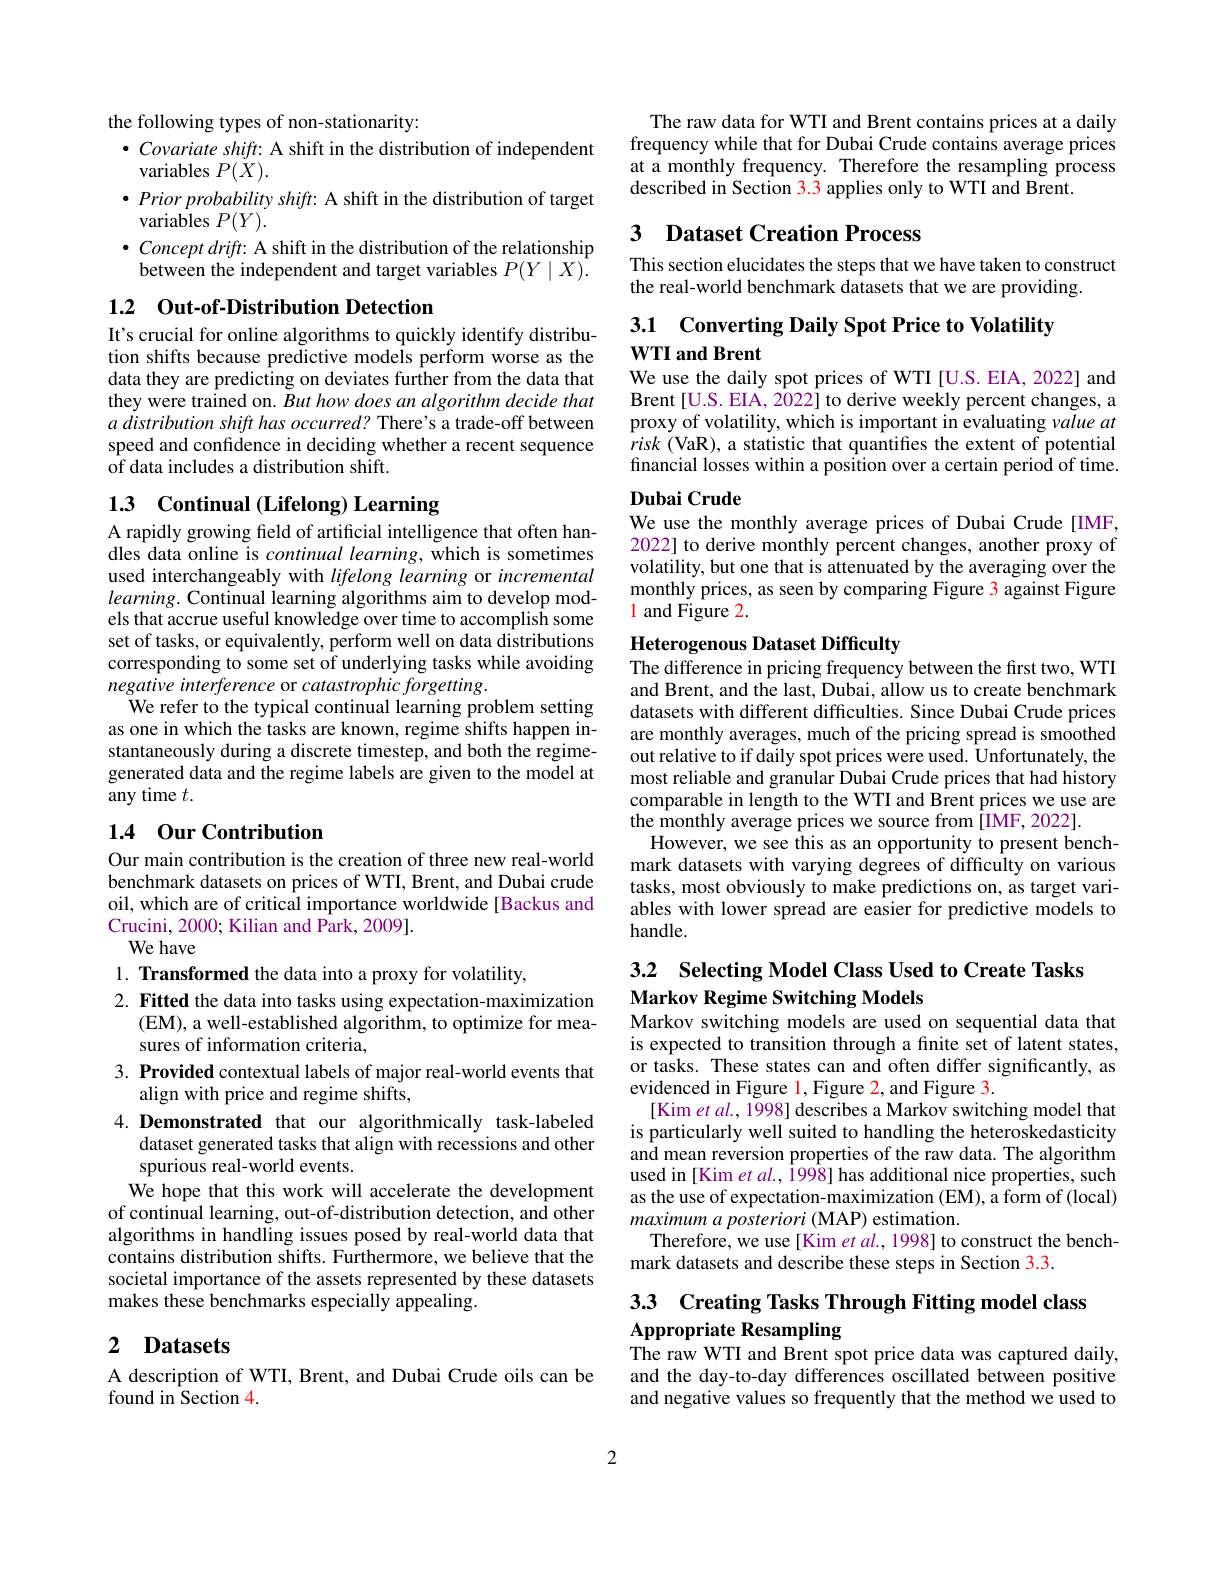
the following types of non-stationarity:
$\bullet \textit{Covariate shift: A shift in the distribution of independent}$
variables $P(\ddot{X}).$
$\bullet Priorprobabilityshift:$ A shift in the distribution of target
variables $P(Y).$
$\bullet \textit{Concept drift: A shift in the distribution of the relationship}$ between the independent and target variables $P(Y\mid X).$

## 1.2 Out-of-Distribution Detection

It's crucial for online algorithms to quickly identify distribution shifts because predictive models perform worse as the data they are predicting on deviates further from the data that they were trained on. But how does an algorithm decide that $a\textit{ distribution shift has occurred? There' s a trade- off between}$ speed and confidence in deciding whether a recent sequence of data includes a distribution shift.

# 13 Continual (Lifelong) Learning

A rapidly growing field of artificial intelligence that often handles data online is continual learning, which is sometimes used interchangeably with lifelong learning or incremental $learning.$ Continual learning algorithms aim to develop models that accrue useful knowledge over time to accomplish some set of tasks, or equivalently, perform well on data distributions corresponding to some set of underlying tasks while avoiding negative interference or catastrophic forgetting.
We refer to the typical continual learning problem setting as one in which the tasks are known, regime shifts happen instantaneously during a discrete timestep, and both the regimegenerated data and the regime labels are given to the model at any time $t.$

## 1.4 Our Contribution

Our main contribution is the creation of three new real-world benchmark datasets on prices of WTI, Brent, and Dubai crude oil, which are of critical importance worldwide[Backus and Crucini, 2000; Kilian and Park, 2009].
We have

1. Transformed the data into a proxy for volatility,
$2. \textbf{ Fitted the data into tasks using expectation- maximization}$
(EM) , a well- established algorithm, to optimize for mea-
sures of information criteria,
3. Provided contextual labels of major real-world events that
align with price and regime shifts,
4.Demonstrated that our algorithmically task-labeled
dataset generated tasks that align with recessions and other
spurious real-world events.
We hope that this work will accelerate the development of continual learning, out-of-distribution detection, and other algorithms in handling issues posed by real-world data that contains distribution shifts. Furthermore, we believe that the societal importance of the assets represented by these datasets makes these benchmarks especially appealing.

# 2 Datasets

A description of WTI, Brent, and Dubai Crude oils can be
found in Section 4.

The raw data for WTI and Brent contains prices at a daily frequency while that for Dubai Crude contains average prices at a monthly frequency. Therefore the resampling process described in Section 3.3 applies only to WTI and Brent.

## 3 $\textbf{Dataset Creation Process}$

This section elucidates the steps that we have taken to construct
the real-world benchmark datasets that we are providing.

3.1 Converting Daily Spot Price to Volatility
$\mathbf{WTI~and~Brent}$

We use the daily spot prices of WTI[U.S.EIA,2022] and Brent[U.S. EIA, 2022] to derive weekly percent changes, a proxy of volatility, which is important in evaluating value at risk (VaR), a statistic that quantifies the extent of potential financial losses within a position over a certain period of time.

## Dubai Crude

We use the monthly average prices of Dubai Crude[IMF, 2022] to derive monthly percent changes, another proxy of volatility, but one that is attenuated by the averaging over the monthly prices, as seen by comparing Figure 3 against Figure 1 and Figure 2.

## Heterogenous Dataset Difficulty The difference in pricing frequency between the first two, WTI

and Brent, and the last, Dubai, allow us to create benchmark datasets with different difficulties. Since Dubai Crude prices are monthly averages, much of the pricing spread is smoothed out relative to if daily spot prices were used. Unfortunately, the most reliable and granular Dubai Crude prices that had history comparable in length to the WTI and Brent prices we use are the monthly average prices we source from[IMF,2022].
However, we see this as an opportunity to present benchmark datasets with varying degrees of difficulty on various tasks, most obviously to make predictions on, as target variables with lower spread are easier for predictive models to handle.

# 3.2 Selecting Model Class Used to Create Tasks Markov Regime Switching Models Markov switching models are used on sequential data that

is expected to transition through a finite set of latent states, or tasks. These states can and often differ significantly, as evidenced in Figure $\color{red}1$,Figure 2, and Figure 3.
[Kim et al., 1998] describes a Markov switching model that is particularly well suited to handling the heteroskedasticity and mean reversion properties of the raw data. The algorithm used in[Kim et al., 1998] has additional nice properties, such as the use of expectation-maximization (EM), a form of (local) maximuma posteriori (MAP) estimation.
Therefore, we use[ Kim $etal.$,1998] to construct the bench-
mark datasets and describe these steps in Section 3.3.

# 3.3 Creating Tasks Through Fitting model class Appropriate Resampling The raw WTI and Brent spot price data was captured daily,

and the day-to-day differences oscillated between positive and negative values so frequently that the method we used to

2